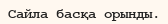
Сайла басқа орынды.